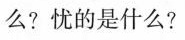
么？忧的是什么？